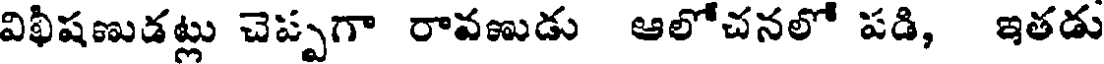
విఖీషణుడట్లు చెప్పగా రావణుడు ఆలోచనలో పడి, ఇతడు